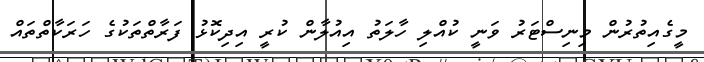
މީގެއިތުރުން މިނިސްޓަރު ވަނީ ކުއްލި ހާލަތު އިއުލާން ކުރީ އިދިކޮޅު ފަރާތްތަކުގެ ހަރަކާތްތައް